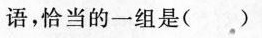
语，恰当的一组是（ ）